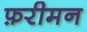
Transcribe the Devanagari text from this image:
फ़रीमन